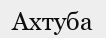
Ахтуба